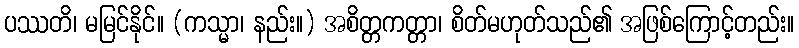
ပဿတိ၊ မမြင်နိုင်။ (ကသ္မာ၊ နည်း။) အစိတ္တကတ္တာ၊ စိတ်မဟုတ်သည်၏ အဖြစ်ကြောင့်တည်း။